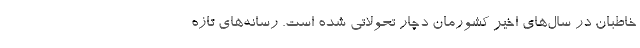
خاطبان در سال‌های اخیر کشورمان دچار تحولاتی شده است. رسانه‌های تازه